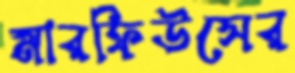
মারফিউসের